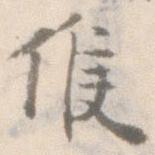
候